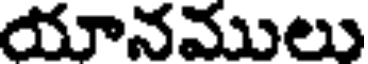
యానములు